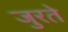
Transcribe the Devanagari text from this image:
जुरते